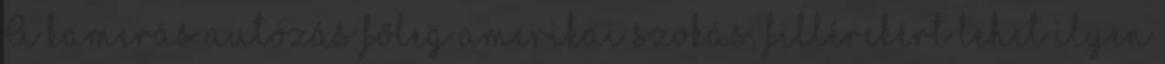
A kamerás autózás főleg amerikai szokás, fillérekért lehet ilyen